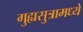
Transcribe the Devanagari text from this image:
गुह्यसुत्रामध्ये